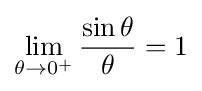
\lim _{\theta \to 0^{+}}{\frac {\sin \theta }{\theta }}=1